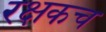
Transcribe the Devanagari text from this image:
रक्षकच